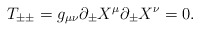
\begin{align*}T_{\pm\pm}=g_{\mu\nu}\partial_\pm X^\mu\partial_\pm X^\nu=0.\end{align*}